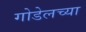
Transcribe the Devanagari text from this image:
गोडेलच्या